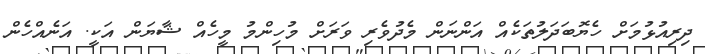
ދިރިއުޅުމަށް ހެޔޮބަދަލުތަކެއް އަންނަން މެދުވެރި ވަރަށް މުހިންމު މީހެއް ޝާޔަން އަކީ. އަނެއްހެން